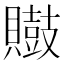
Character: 𪔡